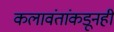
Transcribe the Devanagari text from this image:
कलावंतांकडूनही